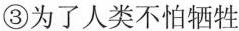
③为了人类不怕牺牲